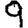
Digit: 9